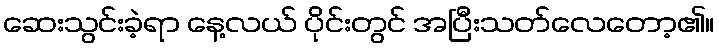
ဆေးသွင်းခဲ့ရာ နေ့လယ် ပိုင်းတွင် အပြီးသတ်လေတော့၏။